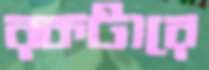
রকটারে